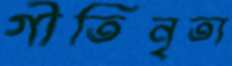
গীতিনৃত্য